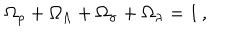
\Omega _ { \rho } + \Omega _ { \Lambda } + \Omega _ { \sigma } + \Omega _ { \lambda } = 1 \, ,